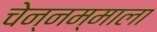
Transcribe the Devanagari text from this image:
चेन्नम्माला